Some observations on the poison of Russell's viper (Daboia russellii) - Number 3
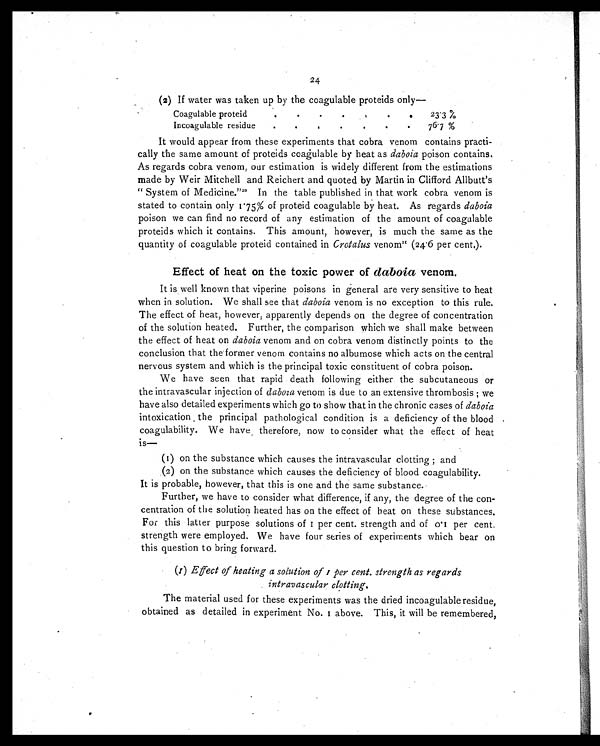
24
(2) If water was taken up by the coagulable proteids only
Coagulable proteid
.
. .
.
23 3%
Incoagulableresidue
.
.
.
76.7 %,
It would appear from these experiments that cobra venom contains practi
- c a l l y t h e s a m e a m o u n t o f p r o t e i d s c o a g u l a b l e b y h e a t a sd
a b o i a
p o i s o n c o n t a i n s .
As regards cobra venom, our estimation is widely different from the estimations
made by Weir Mitchell and Reichert and quoted by Martin in Clifford Allbutt's
" System of Medicine." 20I n t h e t a b l e p u b l i s h e d i n t h a t w o r k c o b r a v e n o m i s
stated to contain only 1.75% of proteid coagulable by heat. As regards daboia
poison we can find no record of any estimation of the amount of coagulable
proteids which it contains. This amount, however, is much the same as the
quantity of coagulable proteid contained in Crotalus venom2 1
( 2 4 . 6 p e r c e n t . ) .
Effect of heat on the toxic power of daboia venom.
It is well known that viperine poisons in general are very sensitive to heat
when in solution. We shall see that daboia venom is no exception to this rule.
The effect of heat, however, apparently depends on the degree of concentration
of the solution heated. Further, the comparison which we shall make between
the effect of heat on daboia venom and on cobra venom distinctly points to the
conclusion that the former venom contains no albumose which acts on the central
nervous system and which is the principal toxic constituent of cobra poison.
We have seen that rapid death following either the subcutaneous or
the intravascular injection of daboia venom is due to an extensive thrombosis ; we
have also detailed experiments which go to show that in the chronic cases of daboia
intoxication the principal pathological condition is a deficiency of the blood
coagulability. We have , therefore, now to consider what the effect of heat
is—
( 1 ) o n t h e s u b s t a n c e w h i c h c a u s e s t h e i n t r a v a s c u l a r c l o t t i n g ; a n d
(2) on the substance which causes the deficiency of blood coagulability.
It is probable, however, that this is one and the same substance.
Further, we have to consider what difference, if any, the degree of the con
- c e n t r a t i o n o f t h e s o l u t i o n h e a t e d h a s o n t h e e f f e c t o f h e a t o n t h e s e s u b s t a n c e s .
For this latter purpose solutions of 1 per cent. strength and of 0.1 per cent,
strength were employed. We have four series of experiments which bear on
this question to bring forward.
(1) Effect of heating a solution of 1 per cent. strength as regards
intravascular clotting.
The material used for these experiments was the dried incoagulable residue,
obtained as detailed in experiment No. 1 above. This, it will be remembered,